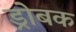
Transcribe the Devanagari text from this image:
ड्रोबक